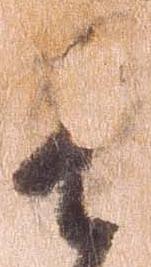
は